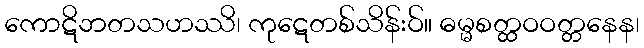
ကောဋိဘတသဟဿိ၊ ကုဋေတစ်သိန်းဝ်။ ဓမ္မစတ္ထဝဝတ္တနေန၊